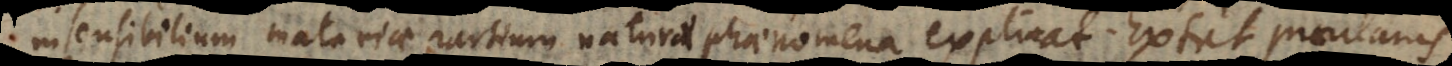
insensibilium materiae partium naturae phaenomena explicat. Extat praeclarus